Indian journal of veterinary science and animal husbandry - Volume 11,
Year: 1941
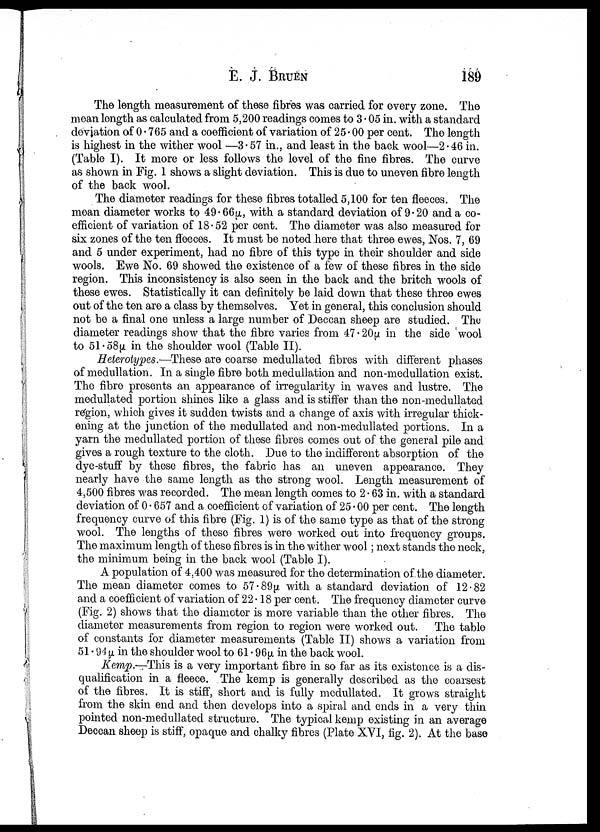
E. J. BRUEN 189
The length measurement of these fibres was carried for every zone. The
mean length as calculated from 5,200 readings comes to 3.05 in. with a standard
deviation of 0.765 and a coefficient of variation of 25.00 per cent, The length
is highest in the wither wool —3.57 in., and least in the back wool—2.46 in.
(Table I), It more or less follows the level of the fine fibres. The curve
as shown in Fig. 1 shows a slight deviation. This is due to uneven fibre length
of the back wool.
The diameter readings for these fibres totalled 5,100 for ten fleeces. The
mean diameter works to 49.66µ, with a standard deviation of 9.20 and a co-
efficient of variation of 18.52 per cent. The diameter was also measured for
six zones of the ten fleeces. It must be noted here that three ewes, Nos. 7, 69
and 5 under experiment, had no fibre of this type in their shoulder and side
wools. Ewe No. 69 showed the existence of a few of these fibres in the side
region. This inconsistency is also seen in the back and the britch wools of
these ewes. Statistically it can definitely be laid down that these three ewes
out of the ten are a class by themselves. Yet in general, this conclusion should
not be a final one unless a large number of Deccan sheep are studied. The
diameter readings show that the fibre varies from 47.20µ in the side wool
to 51.58µ in the shoulder wool (Table II).
Heiemiypes.—These are coarse medullated fibres with different phases
of medullation. In a single fibre both medullation and non-medullation exist.
The fibre presents an appearance of irregularity in waves and lustre. The
medullated portion shines like a glass and is stiffer than the non-medullated
region, which gives it sudden twists and a change of axis with irregular thick-
ening at the junction of the medullated and non-medullated portions. In a
yarn the medullated portion of these fibres comes out of the general pile and
gives a rough texture to the cloth. Due to the indifferent absorption of the
dye-stuff by these fibres, the fabric has an uneven appearance. They
nearly have the same length as the strong wool. Length measurement of
4,500 fibres was recorded. The mean length comes to 2.63 in. with a standard
deviation of 0.657 and a coefficient of variation of 25.00 per cent. The length
frequency curve of this fibre (Fig. 1) is of the same type as that of the strong
wool. The lengths of these fibres were worked out into frequency groups.
The maximum length of these fibres is in the wither wool; next stands the neck,
the minimum being in the back wool (Table I).
A population of 4,400 was measured for the determination of the diameter.
The mean diameter comes to 57.89µ with a standard deviation of 12.82
and a coefficient of variation of 22.18 per cent. The frequency diameter curve
(Fig. 2) shows that the diameter is more variable than the other fibres. The
diameter measurements from region to region were worked out. The table
of constants for diameter measurements (Table II) shows a variation from
51.94µ in the shoulder wool to 61.96µ in the back wool.
Kemp.—This is a very important fibre in so far as its existence is a dis-
qualification in a fleece. The kemp is generally described as the coarsest
of the fibres. It is stiff, short and is fully medullated. It grows straight
from the skin end and then develops into a spiral and ends in a very thin
pointed non-medullated structure. The typical kemp existing in an average
Deccan sheep is stiff, opaque and chalky fibres (Plate XVI, fig. 2). At the base